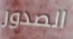
الصدور